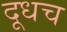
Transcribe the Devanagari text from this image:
दूधच